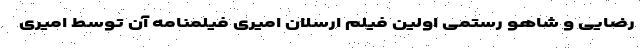
رضایی و شاهو رستمی اولین فیلم ارسلان امیری فیلمنامه آن توسط امیری